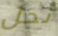
نجل